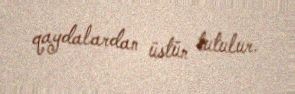
qaydalardan üstün tutulur.